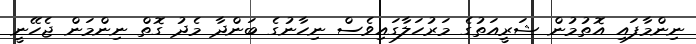
ނިންމާފައި އޮތުމުން ޝަރީއަތުގެ މަރުހަލާގައިވެސް ނިހާނުގެ ބަންދާ މެދު ގޮތް ނިންމަން ޖެހޭނީ